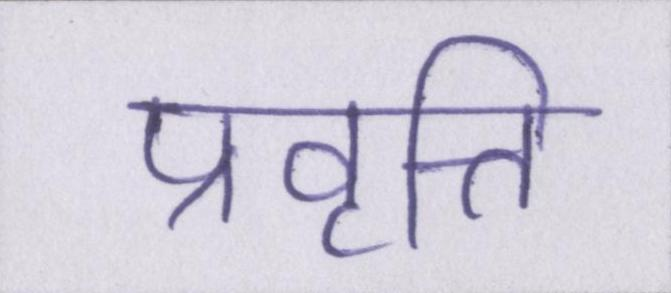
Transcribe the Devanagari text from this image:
प्रवृत्ति